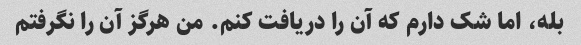
بله، اما شک دارم که آن را دریافت کنم. من هرگز آن را نگرفتم